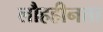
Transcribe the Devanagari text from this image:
लौहहीनता